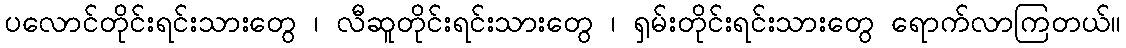
ပလောင်တိုင်းရင်းသားတွေ ၊ လီဆူတိုင်းရင်းသားတွေ ၊ ရှမ်းတိုင်းရင်းသားတွေ ရောက်လာကြတယ်။